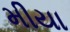
મીયા